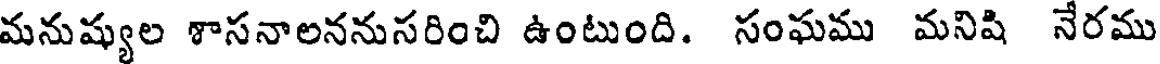
మనుష్యుల శాసనాలననుసరించి ఉంటుంది. సంఘము మనిషి నేరము